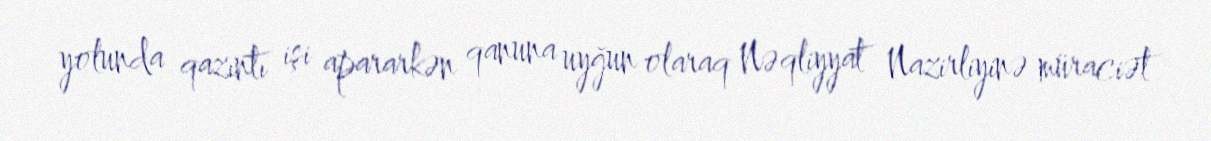
yolunda qazıntı işi apararkən qanuna uyğun olaraq Nəqliyyat Nazirliyinə müraciət